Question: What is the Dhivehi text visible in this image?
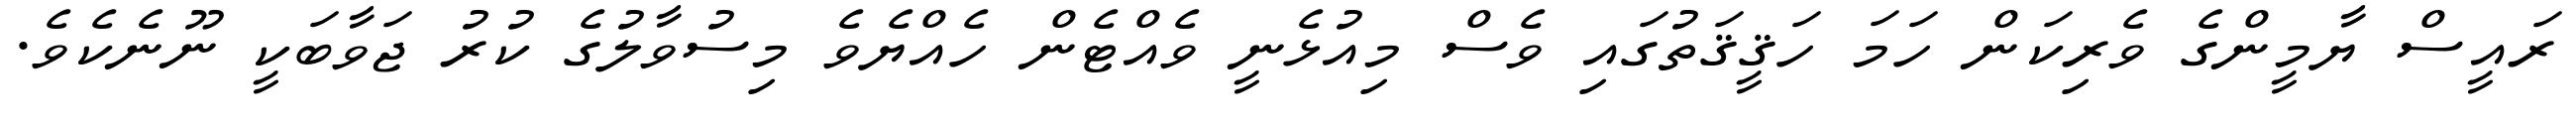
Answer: ރައީސް ޔާމީންގެ ވެރިކަން ހަމަ ހަޤީޤަތުގައި ވެސް މިއުޅެނީ ވެއްޓެން ހެއްޔެވެ މިސުވާލުގެ ކުރު ޖަވާބަކީ ނޫނެކެވެ.